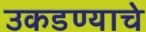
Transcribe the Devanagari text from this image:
उकडण्याचे